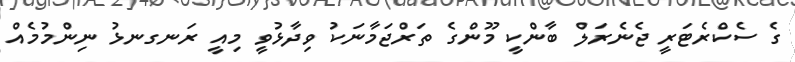
ގެ ސެކްރެޓަރީ ޖެނެރަލް ބާންކީ މޫންގެ ތަރްޖަމާނަކު ވިދާޅުވީ މިއީ ރަނގނޅު ނިންމުމެއް